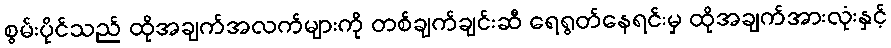
စွမ်းပိုင်သည် ထိုအချက်အလက်များကို တစ်ချက်ချင်းဆီ ရေရွတ်နေရင်းမှ ထိုအချက်အားလုံးနှင့်